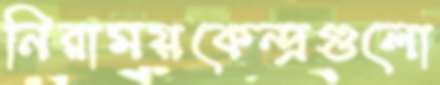
নিরাময়কেন্দ্রগুলো